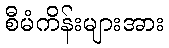
စီမံကိန်းများအား